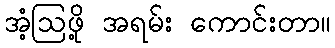
အံ့ဩဖို့ အရမ်း ကောင်းတာ။